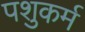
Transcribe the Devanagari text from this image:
पशुकर्म